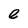
Character: e